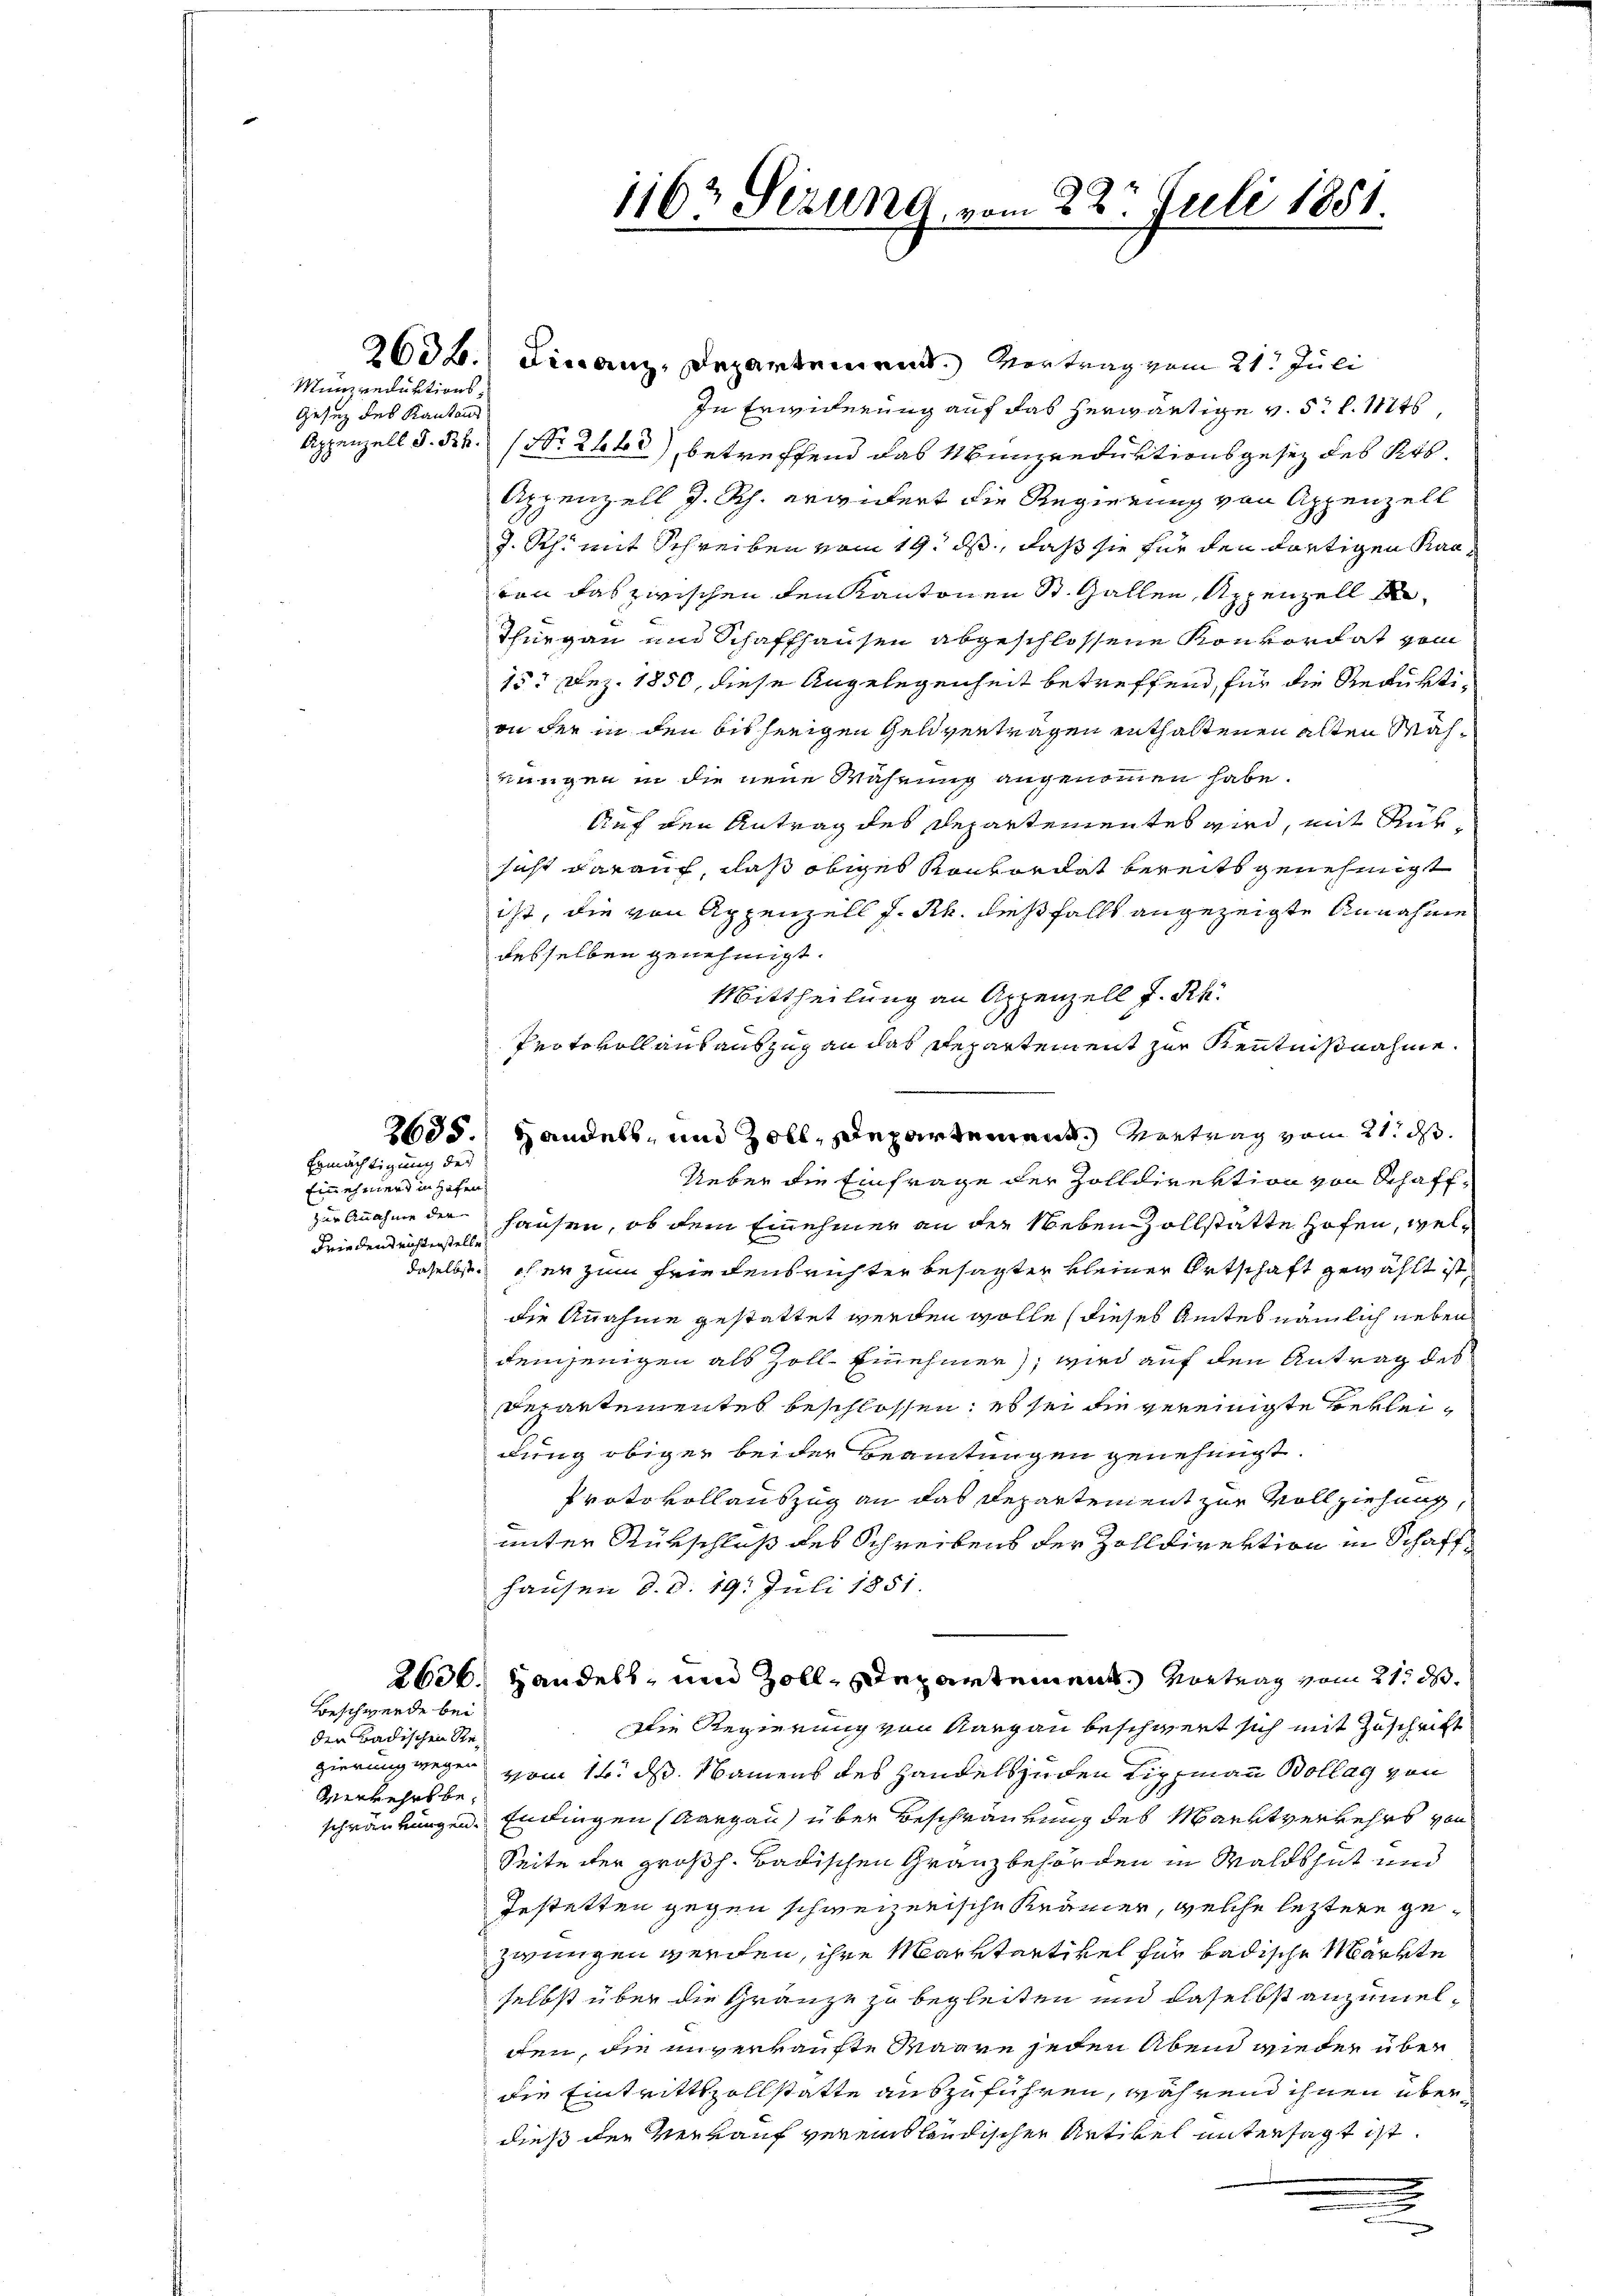
Münzreduktions¬
Gesetz des Kantons

Ermächtigung des

Einehmend in Hafen
Friedens nichtenstelle

Beschwerde bei
den Badischen Steverkehrsbe¬

2636.) Finanz-Departement. Vertrag vom 21. Juli
In Erwiderung auf das herwärtige v. 5. d. Mts.
Appenzell S. Nr. (Nr. 2443) betreffend das Munzreduktionsgesetz des Kts.
Appenzell J. Rh. erwidert die Regierung von Appenzell
J. Rh. mit Schreiben vom 19. ds, daß sie für den dortigen Kanvon das zwischen den Kantonen St. Gallen, Appenzell A
Thurgau und Schaffhausen abgeschlossene Konkordat vom
15. Dez. 1850, diese Angelegenheit betreffend, für die Reduktion der in den bisherigen Geldvertragen enthaltenen alten Mahrungen in die neue Währung angenommen habe.
Auf den Antrag des Departementes wird, mit Rüksicht darauf, daß obiges Konkordat bereits genehmigt
ist, die von Appenzell f. Rh. dießfalls angezeigte Annahme
desselben genehmigt.
Mittheilung an Appenzell I. Rh.
Protokoll aus auszug an das Repartement zur Kenntnißnahme.
Ueber die Einfrage der Zolldirektion von Schaffzur Annahme der Hausen, ob dem Einehmer an der Neben vollstatte Hofen, weldaselbst eher zum Friedensrichter besagter kleiner Ortschaft gewählt ist,
die Annahme gestattet werden wolle (dieses Amtes nämlich neben
demjenigen als Zoll-Einnehmer, wird auf den Antrag des
Departementes beschlossen, es sei die vereinigte Bekleidung obiger beider Beamtungen genehmigt.
Protokollauszug an das Departement zur Vollziehung,
unter Rükschluß des Schreibens der Zolldirektion in Schaff¬
Hausen d. d. 19. Juli 1851.
2636. Handels, und Zoll, Departemen Vortrag vom 21. d.
Die Regierung von Aargau beschwert sich mit Zuschrift
gierung wegen vom 14. ds. Namens des Handels zuden Lippmann Bollag von
schränkungen Endingen (Aargau über Beschränkung des Marktverkehrs von
Seite der großh. Badischen Granz behörden in Waldshut und
Gestetten gegen schweizerische Krämer, welche leztere gezwungen werden, ihre Marktartikel für badische Märkte
selbst über die Gränze zu begleiten und daselbst anzumeldten, die unverkaufte Waare jeden Abend wieder über
die Eintrittszollstatte auszuführen, während ihnen überdieß der Verkauf vereinsländischen Artikel untersagt ist.
.
.
.

2635. Handels, und Zoll, Departement Vertrag vom 21. ds.

1162 Sezung vom 22. Juli 1881.